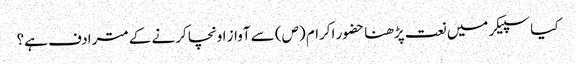
کیا سپیکر میں نعت پڑھنا حضور اکرام (ص) سے آواز اونچا کرنے کے مترادف ہے؟